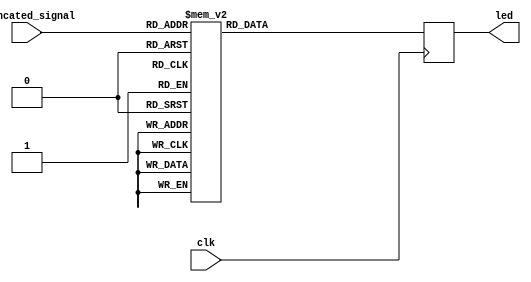
`timescale 1ns / 1ps
//////////////////////////////////////////////////////////////////////////////////
// Company: 
// Engineer: 
// 
// Design Name: 
// Module Name: led_array
// Project Name: 
// Target Devices: 
// Tool Versions: 
// Description: 
// 
// Dependencies: 
// 
// Revision:
// Revision 0.01 - File Created
// Additional Comments:
// 
//////////////////////////////////////////////////////////////////////////////////


module led_array(
	input clk,
	input [3:0] truncated_signal,
	output reg [15:0] led
    );
    
    always @  (posedge clk) begin
    	case (truncated_signal) 
    		15:led <= 16'b1111111111111111;
			14:led <= 16'b0111111111111111;
			13:led <= 16'b0011111111111111;
			12:led <= 16'b0001111111111111;
			11:led <= 16'b0000111111111111;
			10:led <= 16'b0000011111111111;
			9:led <= 16'b0000001111111111;
			8:led <= 16'b0000000111111111;
			7:led <= 16'b0000000011111111; 
			6:led <= 16'b0000000001111111;
			5:led <= 16'b0000000000111111;
			4:led <= 16'b0000000000011111;
			3:led <= 16'b0000000000001111;
			2:led <= 16'b0000000000000111;
			1:led <= 16'b0000000000000011;
			0:led <= 16'b0000000000000001;
	endcase

end
    
endmodule